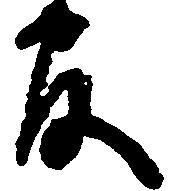
官